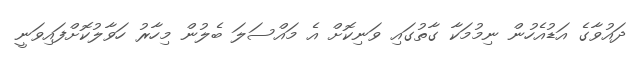
ދައުވާގެ އަޑުއެހުން ނިމުމަކާ ގާތުގައި ވަނިކޮށް އެ މައްސަލަ ބެލުން މިހާރު ހަވާލުކޮށްފައިވަނީ